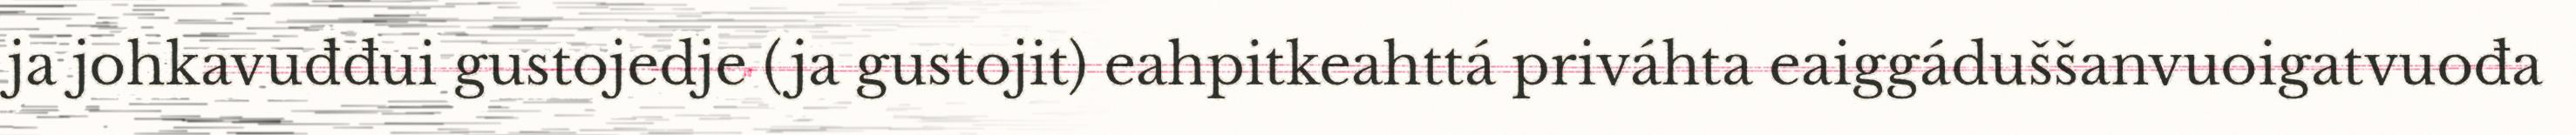
ja johkavuđđui gustojedje (ja gustojit) eahpitkeahttá priváhta eaiggáduššanvuoigatvuođa